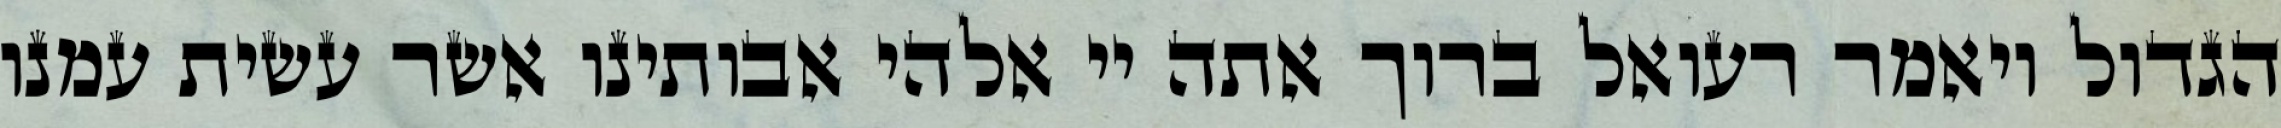
הגדול ויאמר רעואל ברוך אתה יי אלהי אבותינו אשר עשית עמנו